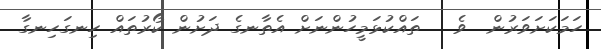
ހަމަކަށަވަރުން  ވެ   ތައްކުޅަމީހުންނަށް އެތާނގެ ދަށުން ކޯރުތައް ހިނގަހިނގާ